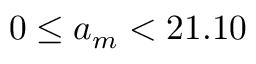
0 \le a _ { m } < 2 1 . 1 0